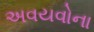
અવયવોના